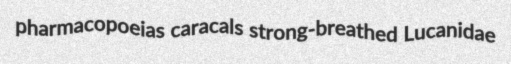
pharmacopoeias caracals strong-breathed Lucanidae